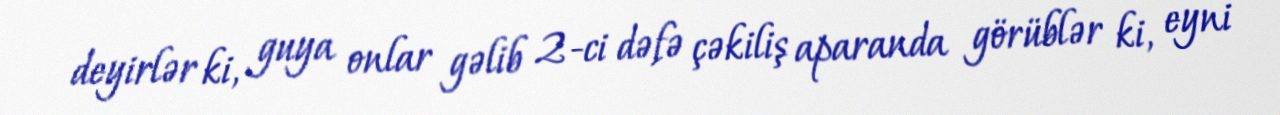
deyirlər ki, guya onlar gəlib 2-ci dəfə çəkiliş aparanda görüblər ki, eyni